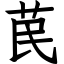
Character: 苠